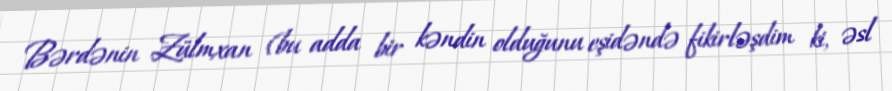
Bərdənin Zülmxan (bu adda bir kəndin olduğunu eşidəndə fikirləşdim ki, əsl